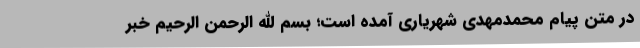
در متن پیام محمدمهدی شهریاری آمده است؛ بسم الله الرحمن الرحیم خبر